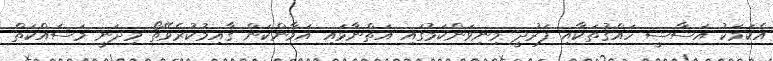
އެކަމަކު އަސާސީ ހައްޤުތަކާއި ފަރުދީ މިނިވަންކަމުގައި އަތްނާޅައި އަމާންކަން ޤާއިމުކުރެވޭތޯ މިދަނީ މަސައްކަތް